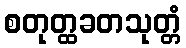
စတုတ္ထခတသုတ္တံ